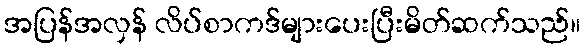
အပြန်အလှန် လိပ်စာကဒ်များပေးပြီးမိတ်ဆက်သည်။